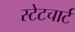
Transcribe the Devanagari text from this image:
स्टेटचार्ट